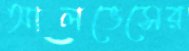
আলভেসের